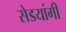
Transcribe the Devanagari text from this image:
सेडयांगी